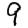
Digit: 9